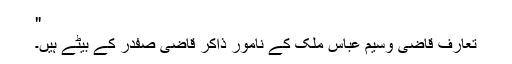
"
تعارف قاضی وسیم عباس ملک کے نامور ذاکر قاضی صفدر کے بیٹے ہیں۔